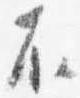
不